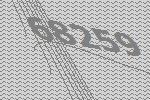
68259